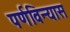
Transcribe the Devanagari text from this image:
पर्णविन्यास